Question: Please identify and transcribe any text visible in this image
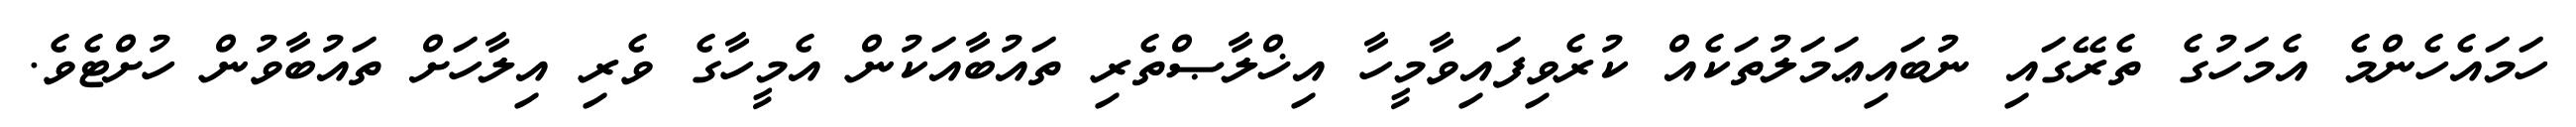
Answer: ހަމައެހެންމެ އެމަހުގެ ތެރޭގައި ނުބައިޢަމަލުތަކެއް ކުރެވިފައިވާމީހާ އިޚްލާޞްތެރި ތައުބާއަކުން އެމީހާގެ ވެރި އިލާހަށް ތައުބާވުން ހުށްޓެވެ.